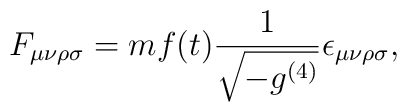
F_{\mu\nu\rho\sigma}=mf(t)\frac{1}{\sqrt{-g^{(4)}}}\epsilon_{\mu\nu\rho\sigma},